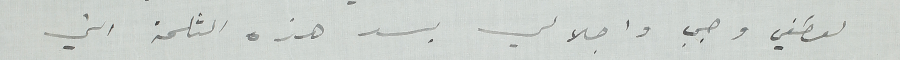
لعطفي وحبي واجلالي بسد هذه الثلمة التي